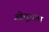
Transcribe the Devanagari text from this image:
ओतूरला